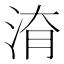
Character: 𱦚